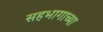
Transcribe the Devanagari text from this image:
सहभागाच्या